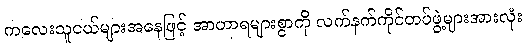
ကလေးသူငယ်များအနေဖြင့် အာဟာရများစွာကို လက်နက်ကိုင်တပ်ဖွဲ့များအားလုံး